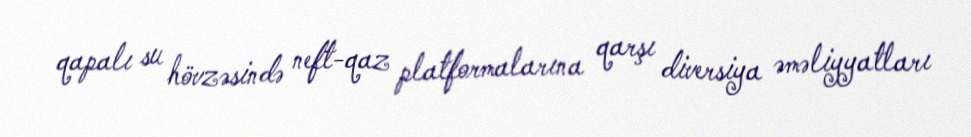
qapalı su hövzəsində neft-qaz platformalarına qarşı diversiya əməliyyatları